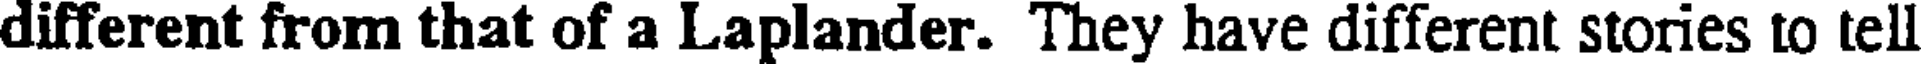
different from that of a Laplander. They have different stories to tell